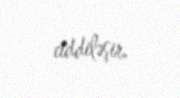
ciddiləşir.